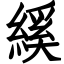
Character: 縘